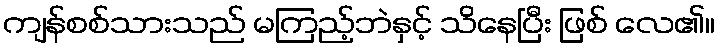
ကျန်စစ်သားသည် မကြည့်ဘဲနှင့် သိနေပြီး ဖြစ် လေ၏။